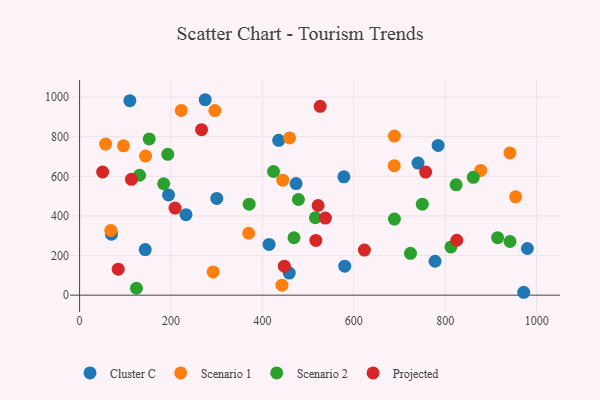
{"axis": {"x": "Investment", "y": "Profit"}, "legend": ["Cluster C", "Projected", "Scenario 1", "Scenario 2"], "data": [{"x": "232.8", "y": 406.2, "type": "Cluster C"}, {"x": "143.6", "y": 230.1, "type": "Cluster C"}, {"x": "274.8", "y": 986.9, "type": "Cluster C"}, {"x": "578.3", "y": 597.6, "type": "Cluster C"}, {"x": "194.6", "y": 506.0, "type": "Cluster C"}, {"x": "784.4", "y": 756.0, "type": "Cluster C"}, {"x": "435.6", "y": 781.8, "type": "Cluster C"}, {"x": "110.0", "y": 982.0, "type": "Cluster C"}, {"x": "473.7", "y": 563.5, "type": "Cluster C"}, {"x": "777.7", "y": 171.2, "type": "Cluster C"}, {"x": "979.7", "y": 235.6, "type": "Cluster C"}, {"x": "458.7", "y": 111.5, "type": "Cluster C"}, {"x": "740.4", "y": 667.0, "type": "Cluster C"}, {"x": "414.6", "y": 256.4, "type": "Cluster C"}, {"x": "971.7", "y": 14.6, "type": "Cluster C"}, {"x": "300.2", "y": 488.5, "type": "Cluster C"}, {"x": "580.1", "y": 146.2, "type": "Cluster C"}, {"x": "69.7", "y": 307.9, "type": "Cluster C"}, {"x": "954.0", "y": 496.7, "type": "Scenario 1"}, {"x": "444.6", "y": 580.8, "type": "Scenario 1"}, {"x": "877.6", "y": 630.0, "type": "Scenario 1"}, {"x": "292.2", "y": 117.6, "type": "Scenario 1"}, {"x": "370.0", "y": 312.6, "type": "Scenario 1"}, {"x": "688.8", "y": 803.3, "type": "Scenario 1"}, {"x": "295.9", "y": 932.0, "type": "Scenario 1"}, {"x": "68.3", "y": 326.8, "type": "Scenario 1"}, {"x": "941.5", "y": 718.3, "type": "Scenario 1"}, {"x": "56.8", "y": 763.1, "type": "Scenario 1"}, {"x": "222.4", "y": 932.9, "type": "Scenario 1"}, {"x": "442.8", "y": 50.6, "type": "Scenario 1"}, {"x": "688.4", "y": 653.7, "type": "Scenario 1"}, {"x": "459.4", "y": 794.2, "type": "Scenario 1"}, {"x": "96.0", "y": 753.9, "type": "Scenario 1"}, {"x": "144.3", "y": 702.5, "type": "Scenario 1"}, {"x": "749.8", "y": 459.3, "type": "Scenario 2"}, {"x": "823.8", "y": 557.1, "type": "Scenario 2"}, {"x": "914.6", "y": 290.1, "type": "Scenario 2"}, {"x": "516.0", "y": 390.9, "type": "Scenario 2"}, {"x": "424.3", "y": 624.4, "type": "Scenario 2"}, {"x": "371.0", "y": 459.5, "type": "Scenario 2"}, {"x": "688.8", "y": 384.1, "type": "Scenario 2"}, {"x": "478.8", "y": 483.2, "type": "Scenario 2"}, {"x": "131.2", "y": 605.6, "type": "Scenario 2"}, {"x": "861.3", "y": 595.3, "type": "Scenario 2"}, {"x": "724.0", "y": 211.2, "type": "Scenario 2"}, {"x": "941.7", "y": 271.0, "type": "Scenario 2"}, {"x": "124.3", "y": 34.8, "type": "Scenario 2"}, {"x": "812.4", "y": 243.8, "type": "Scenario 2"}, {"x": "152.3", "y": 788.9, "type": "Scenario 2"}, {"x": "469.1", "y": 289.9, "type": "Scenario 2"}, {"x": "192.9", "y": 711.1, "type": "Scenario 2"}, {"x": "184.0", "y": 562.6, "type": "Scenario 2"}, {"x": "825.3", "y": 277.2, "type": "Projected"}, {"x": "526.3", "y": 953.4, "type": "Projected"}, {"x": "447.9", "y": 146.2, "type": "Projected"}, {"x": "208.8", "y": 439.8, "type": "Projected"}, {"x": "84.5", "y": 131.0, "type": "Projected"}, {"x": "266.8", "y": 835.7, "type": "Projected"}, {"x": "50.4", "y": 622.0, "type": "Projected"}, {"x": "537.8", "y": 389.3, "type": "Projected"}, {"x": "623.1", "y": 227.5, "type": "Projected"}, {"x": "113.4", "y": 585.0, "type": "Projected"}, {"x": "521.9", "y": 452.7, "type": "Projected"}, {"x": "757.1", "y": 621.4, "type": "Projected"}, {"x": "516.9", "y": 276.4, "type": "Projected"}]}